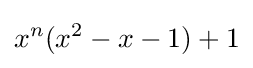
x^{n}(x^{2}-x-1)+1